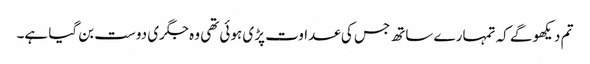
تم دیکھو گے کہ تمہارے ساتھ جس کی عداوت پڑی ہوئی تھی وہ جگری دوست بن گیا ہے۔